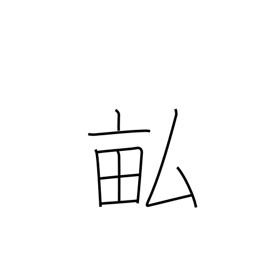
Meaning: fields